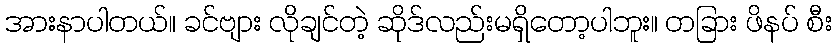
အားနာပါတယ်။ ခင်ဗျား လိုချင်တဲ့ ဆိုဒ်လည်းမရှိတော့ပါဘူး။ တခြား ဖိနပ် စီး